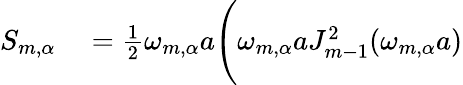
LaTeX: \begin{array}{rl}{S_{m,\alpha}}&{{}=\frac{1}{2}\omega_{m,\alpha}a\Bigg(\omega_{m,\alpha}aJ_{m-1}^{2}(\omega_{m,\alpha}a)}\end{array}